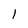
Character: 1